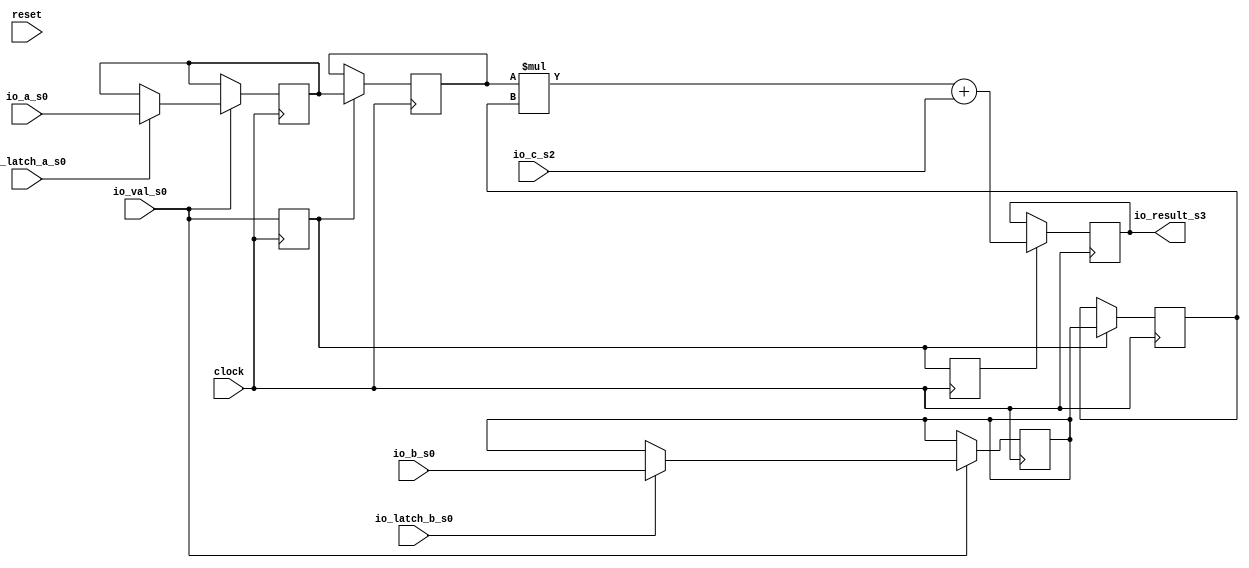
module Mul54(
  input   clock,
  input   reset,
  input   io_val_s0,
  input   io_latch_a_s0,
  input  [53:0] io_a_s0,
  input   io_latch_b_s0,
  input  [53:0] io_b_s0,
  input  [104:0] io_c_s2,
  output [104:0] io_result_s3
);
  reg  val_s1;
  reg [31:0] _GEN_7;
  reg  val_s2;
  reg [31:0] _GEN_8;
  reg [53:0] reg_a_s1;
  reg [63:0] _GEN_9;
  reg [53:0] reg_b_s1;
  reg [63:0] _GEN_10;
  reg [53:0] reg_a_s2;
  reg [63:0] _GEN_11;
  reg [53:0] reg_b_s2;
  reg [63:0] _GEN_12;
  reg [104:0] reg_result_s3;
  reg [127:0] _GEN_13;
  wire [53:0] _GEN_0;
  wire [53:0] _GEN_1;
  wire [53:0] _GEN_2;
  wire [53:0] _GEN_3;
  wire [53:0] _GEN_4;
  wire [53:0] _GEN_5;
  wire [107:0] _T_23;
  wire [104:0] _T_24;
  wire [105:0] _T_25;
  wire [104:0] _T_26;
  wire [104:0] _GEN_6;
  assign io_result_s3 = reg_result_s3;
  assign _GEN_0 = io_latch_a_s0 ? io_a_s0 : reg_a_s1;
  assign _GEN_1 = io_latch_b_s0 ? io_b_s0 : reg_b_s1;
  assign _GEN_2 = io_val_s0 ? _GEN_0 : reg_a_s1;
  assign _GEN_3 = io_val_s0 ? _GEN_1 : reg_b_s1;
  assign _GEN_4 = val_s1 ? reg_a_s1 : reg_a_s2;
  assign _GEN_5 = val_s1 ? reg_b_s1 : reg_b_s2;
  assign _T_23 = reg_a_s2 * reg_b_s2;
  assign _T_24 = _T_23[104:0];
  assign _T_25 = _T_24 + io_c_s2;
  assign _T_26 = _T_25[104:0];
  assign _GEN_6 = val_s2 ? _T_26 : reg_result_s3;
`ifdef RANDOMIZE
  integer initvar;
  initial begin
    `ifndef verilator
      #0.002 begin end
    `endif
  `ifdef RANDOMIZE_REG_INIT
  _GEN_7 = {1{$random}};
  val_s1 = _GEN_7[0:0];
  `endif
  `ifdef RANDOMIZE_REG_INIT
  _GEN_8 = {1{$random}};
  val_s2 = _GEN_8[0:0];
  `endif
  `ifdef RANDOMIZE_REG_INIT
  _GEN_9 = {2{$random}};
  reg_a_s1 = _GEN_9[53:0];
  `endif
  `ifdef RANDOMIZE_REG_INIT
  _GEN_10 = {2{$random}};
  reg_b_s1 = _GEN_10[53:0];
  `endif
  `ifdef RANDOMIZE_REG_INIT
  _GEN_11 = {2{$random}};
  reg_a_s2 = _GEN_11[53:0];
  `endif
  `ifdef RANDOMIZE_REG_INIT
  _GEN_12 = {2{$random}};
  reg_b_s2 = _GEN_12[53:0];
  `endif
  `ifdef RANDOMIZE_REG_INIT
  _GEN_13 = {4{$random}};
  reg_result_s3 = _GEN_13[104:0];
  `endif
  end
`endif
  always @(posedge clock) begin
    val_s1 <= io_val_s0;
    val_s2 <= val_s1;
    if (io_val_s0) begin
      if (io_latch_a_s0) begin
        reg_a_s1 <= io_a_s0;
      end
    end
    if (io_val_s0) begin
      if (io_latch_b_s0) begin
        reg_b_s1 <= io_b_s0;
      end
    end
    if (val_s1) begin
      reg_a_s2 <= reg_a_s1;
    end
    if (val_s1) begin
      reg_b_s2 <= reg_b_s1;
    end
    if (val_s2) begin
      reg_result_s3 <= _T_26;
    end
  end
endmodule